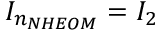
{ { I } _ { { { n } _ { N H E O M } } } } = I _ { 2 }